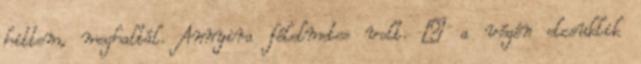
hittem, meghaltál. Annyira félelmetes volt. – a végén elcsuklik